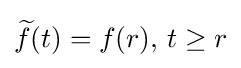
{\widetilde {f}}(t)=f(r),\,t\geq r